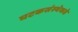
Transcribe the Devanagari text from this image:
घटकसंस्थेकडे